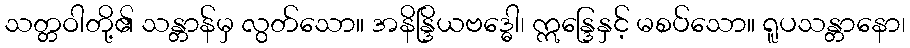
သတ္တဝါတို့၏ သန္တာန်မှ လွတ်သော။ အနိန္ဒြိယဗဒ္ဓေါ၊ ဣန္ဒြေနှင့် မစပ်သော။ ရူပသန္တာနော၊